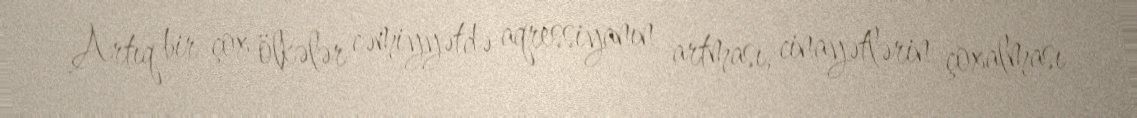
Artıq bir çox ölkələr cəmiyyətdə aqressiyanın artması, cinayətlərin çoxalması